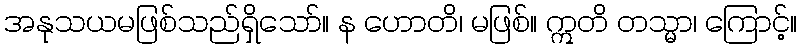
အနုသယမဖြစ်သည်ရှိသော်။ န ဟောတိ၊ မဖြစ်။ ဣတိ တသ္မာ၊ ကြောင့်။